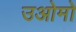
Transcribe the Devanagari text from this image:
उओमो